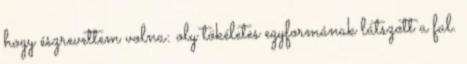
hogy észrevettem volna: oly tökéletes egyformának látszott a fal.